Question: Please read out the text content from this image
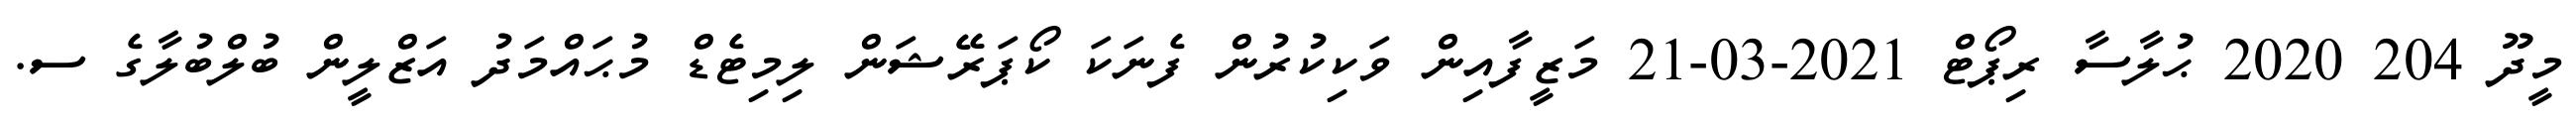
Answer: މީދޫ 204 2020 ޙުލާސާ ރިޕޯޓް 2021-03-21 މަޒީފާއިން ވަކިކުރުން ފެނަކަ ކޯޕަރޭޝަން ލިމިޓެޑް މުޙައްމަދު އަޒްލީން ބުލްބުލާގެ ސ.